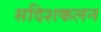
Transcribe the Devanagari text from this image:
सदिशकलन